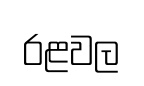
රළවල